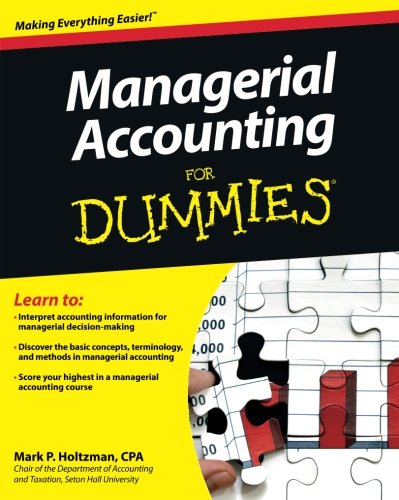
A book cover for Managerial Accounting For Dummies; Mark P. Holtzman; Business & Money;